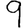
Digit: 9